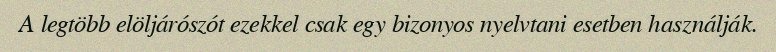
A legtöbb elöljárószót ezekkel csak egy bizonyos nyelvtani esetben használják.